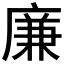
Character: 廉